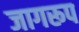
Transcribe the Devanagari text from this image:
जागरूप